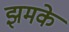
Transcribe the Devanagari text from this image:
झमके